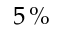
5 \, \%